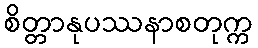
စိတ္တာနုပဿနာစတုက္က